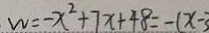
w = - x ^ { 2 } + 7 x + 4 8 = - ( x - 3